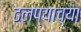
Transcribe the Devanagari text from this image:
ढलप्याच्या